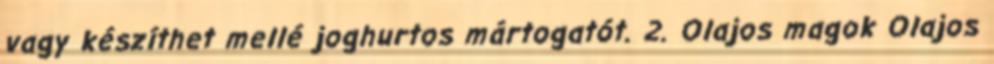
vagy készíthet mellé joghurtos mártogatót. 2. Olajos magok Olajos